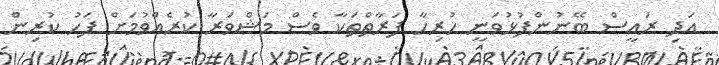
އަދި ރައީސް ބޭނުންފުޅުވަނީ ހުރިހާ ފަރާތްތަކާ ވެސް މަޝްވަރާ ކުރެއްވުމަށް ފަހު ކުރިން